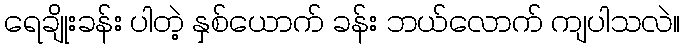
ရေချိုးခန်း ပါတဲ့ နှစ်ယောက် ခန်း ဘယ်လောက် ကျပါသလဲ။